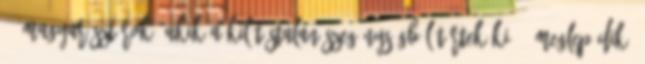
359Magyar sztárok, akik a kilátástalan szegénységből törtek ki 343Meglepődik,